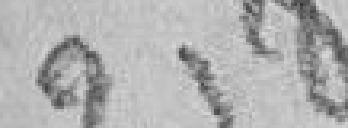
318